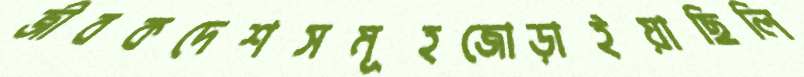
জীবকদেশসমূহজোড়াইয়াছিলি